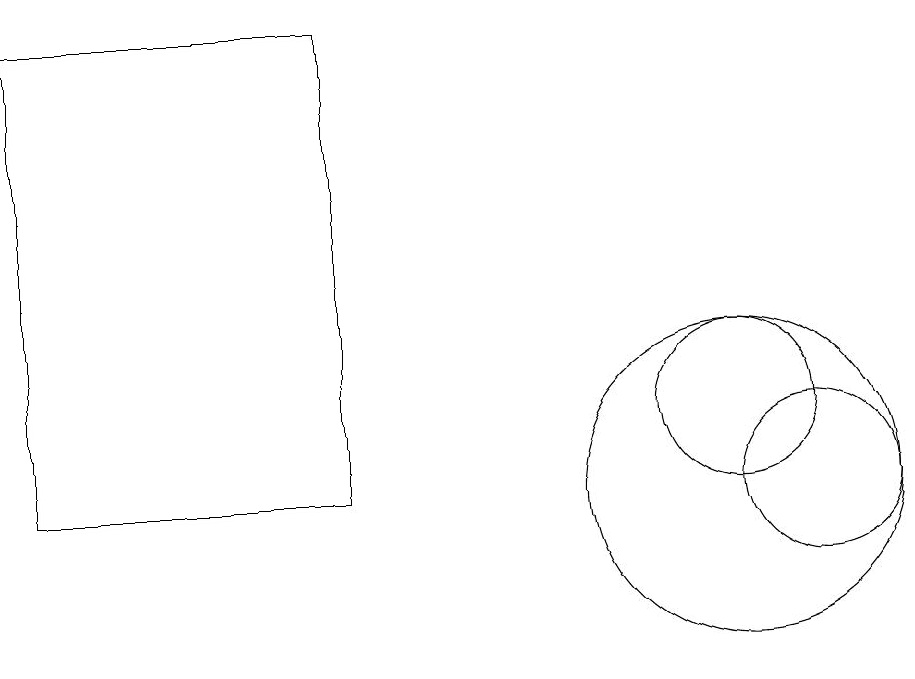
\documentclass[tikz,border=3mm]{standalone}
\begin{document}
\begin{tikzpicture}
\draw (10,10) circle (2);
\draw (5,16) rectangle (1,10);
\draw (11,10) circle (1);
\draw (10,11) circle (1);
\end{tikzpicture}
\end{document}